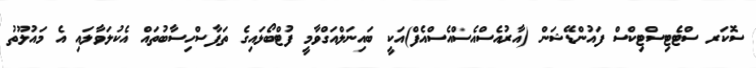
ސޮކަރ ސްޓެޓިސްޓިކްސް ފައުންޑޭޝަން (އާރުއެސްއެސްއެސްއެފް)އަކީ ބައިނަލްއަގްވާމީ ފުޓްބޯޅައިގެ ތަފާސްހިސާބުތައް އެކުލަވާލައި އެ މައުލޫތު